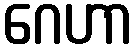
ဂေဟာ